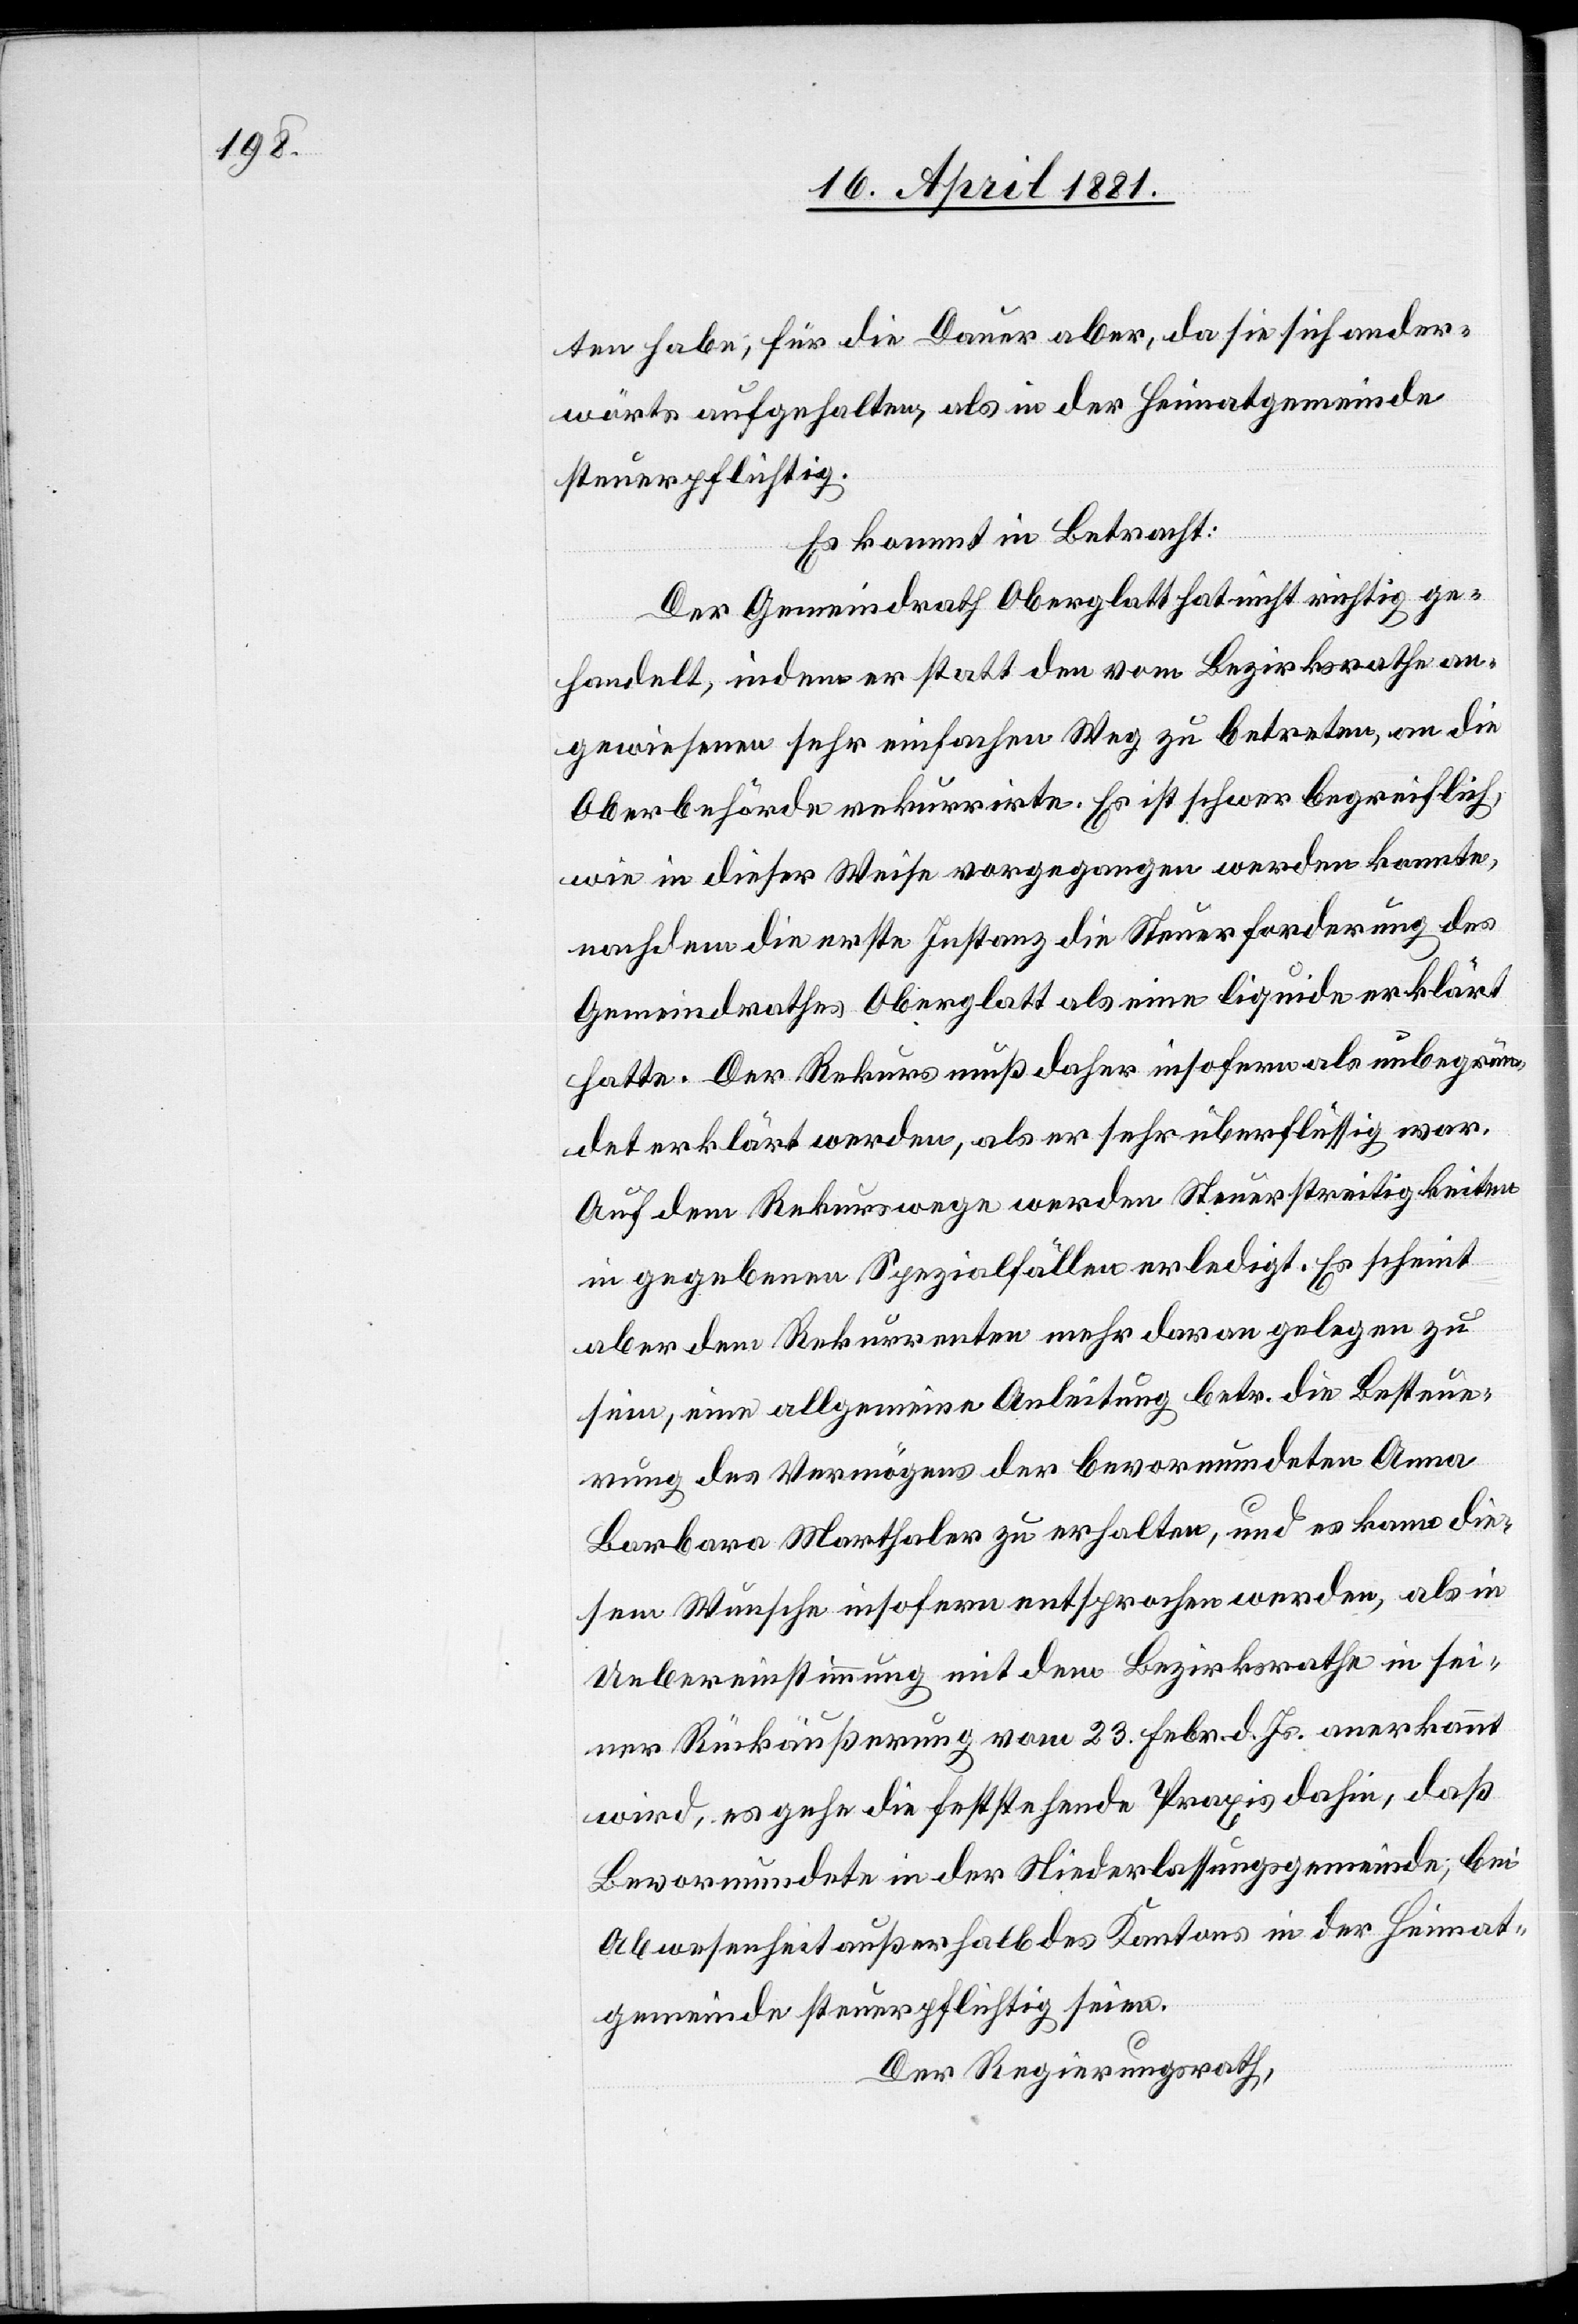
ten habe; für die Dauer aber, da sie sich ander¬
wärts aufgehalten als in der Heimatgemeinde
steuerpflichtig.
Es kommt in Betracht:
Der Gemeindrath Oberglatt hat nicht richtig ge¬
handelt, indem er statt den vom Bezirksrathe an¬
gewiesenen sehr einfachen Weg zu betreten, an die
Oberbehörde rekurrirte. Es ist schwer begreiflich,
wie in dieser Weise vorgegangen werden konnte,
nachdem die erste Instanz die Steuerforderung des
Gemeindrathes Oberglatt als eine liquide erklärt
hatte. Der Rekurs muß daher insofern als unbegrün¬
det erklärt werden, als er sehr überflüssig war.
Auf dem Rekurswege werden Steuerstreitigkeiten
in gegebenen Spezialfällen erledigt. Es scheint
aber dem Rekurrenten mehr daran gelegen zu
sein, eine allgemeine Anleitung betr. die Besteue¬
rung des Vermögens der Bevormundeten Anna
Barbara Marthaler zu erhalten, und es kann die¬
sem Wunsche insofern entsprochen werden, als in
Uebereinstimmung mit dem Bezirksrathe in sei¬
ner Rückäußerung vom 23. Febr. d. Js. anerkannt
wird, es gehe die feststehende Praxis dahin, daß
Bevormundete in der Niederlassungsgemeinde; bei
Abwesenheit außerhalb des Kantons in der Heimat¬
gemeinde steuerpflichtig seien.
Der Regierungsrath,